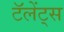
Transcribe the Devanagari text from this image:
टॅलेंट्स